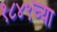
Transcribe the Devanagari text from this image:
१८४९च्या